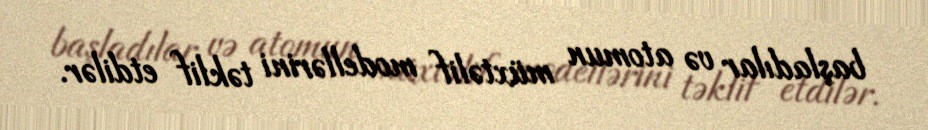
başladılar və atomun müxtəlif modellərini təklif etdilər.